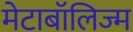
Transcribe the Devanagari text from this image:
मेटाबॉलिज्म